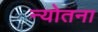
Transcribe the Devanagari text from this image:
न्योतना